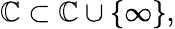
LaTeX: \mathbb{C}\subset\mathbb{C}\cup\{ \infty\} ,